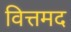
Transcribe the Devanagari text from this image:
वित्तमद